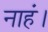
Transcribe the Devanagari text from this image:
नाहं।